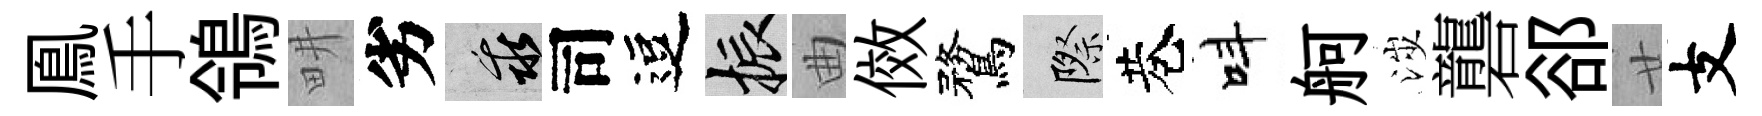
鳯手鴒畊劣乖司逗振曲傚鶩際巷呌舸涉礱郤廿支